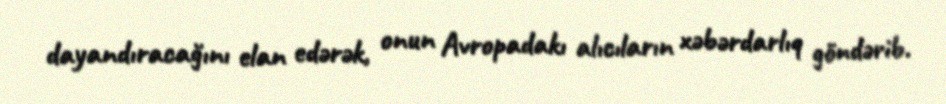
dayandıracağını elan edərək, onun Avropadakı alıcıların xəbərdarlıq göndərib.